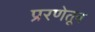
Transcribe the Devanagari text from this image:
प्ररणेतून